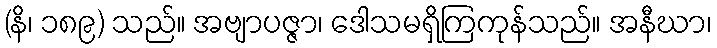
(နိ၊ ၁၈၉) သည်။ အဗျာပဇ္ဇာ၊ ဒေါသမရှိကြကုန်သည်။ အနီဃာ၊